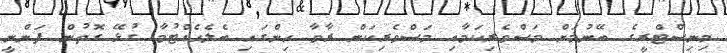
މިނިސްޓްރީގެ ބޭނުމަށް މަސްވެރިކަމާއި މަސްވެރިކަން ރާވާ ހިންގައި ބެލެހެއްޓުމާ ގުޅޭ ގޮތުން ފަންނީ